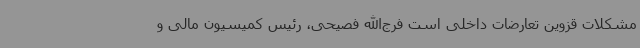
مشکلات قزوین تعارضات داخلی است فرج‌الله فصیحی، رئیس کمیسیون مالی و